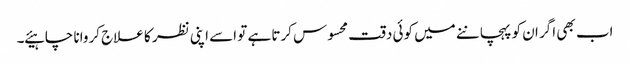
اب بھی اگر ان کو پہچاننے میں کوئی دقت محسوس کرتا ہے تو اسے اپنی نظر کا علاج کروانا چاہیئے ۔